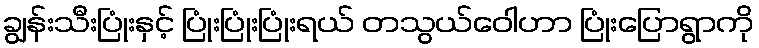
ချွန်းသီးပြုံးနှင့် ပြုံးပြုံးပြုံးရယ် တသွယ်ဝေါဟာ ပြုံးပြောရွာကို